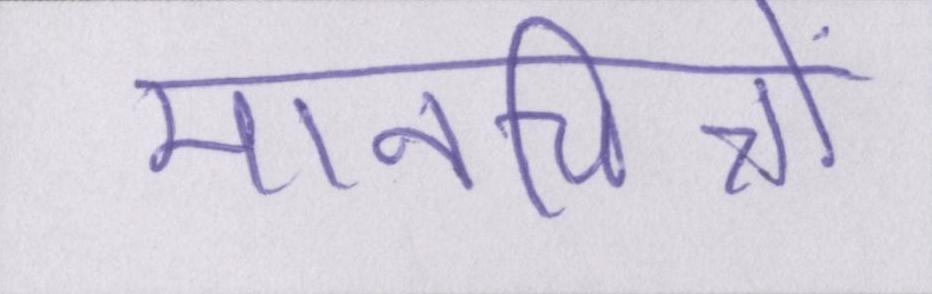
मानचित्रों